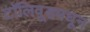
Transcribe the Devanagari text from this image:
टॉलिवूडमधून